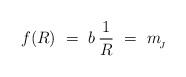
\begin{align*}f(R) \ = \ b\,\frac{1}{R} \ = \ m_{\!_J}\end{align*}